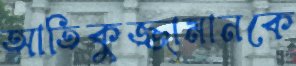
আতিকুজ্জামানকে